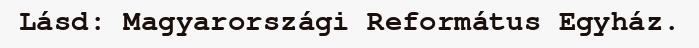
Lásd: Magyarországi Református Egyház.